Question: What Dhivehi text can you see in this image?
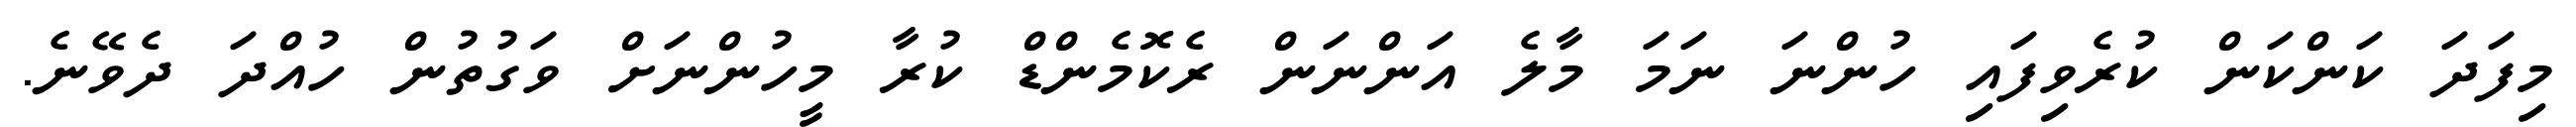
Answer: މިފަދަ ކަންކަން ކުރެވިފައި ހުންނަ ނަމަ މާލެ އަންނަން ރެކޮމެންޑް ކުރާ މީހުންނަށް ވަގުތުން ހުއްދަ ދެވޭނެ.